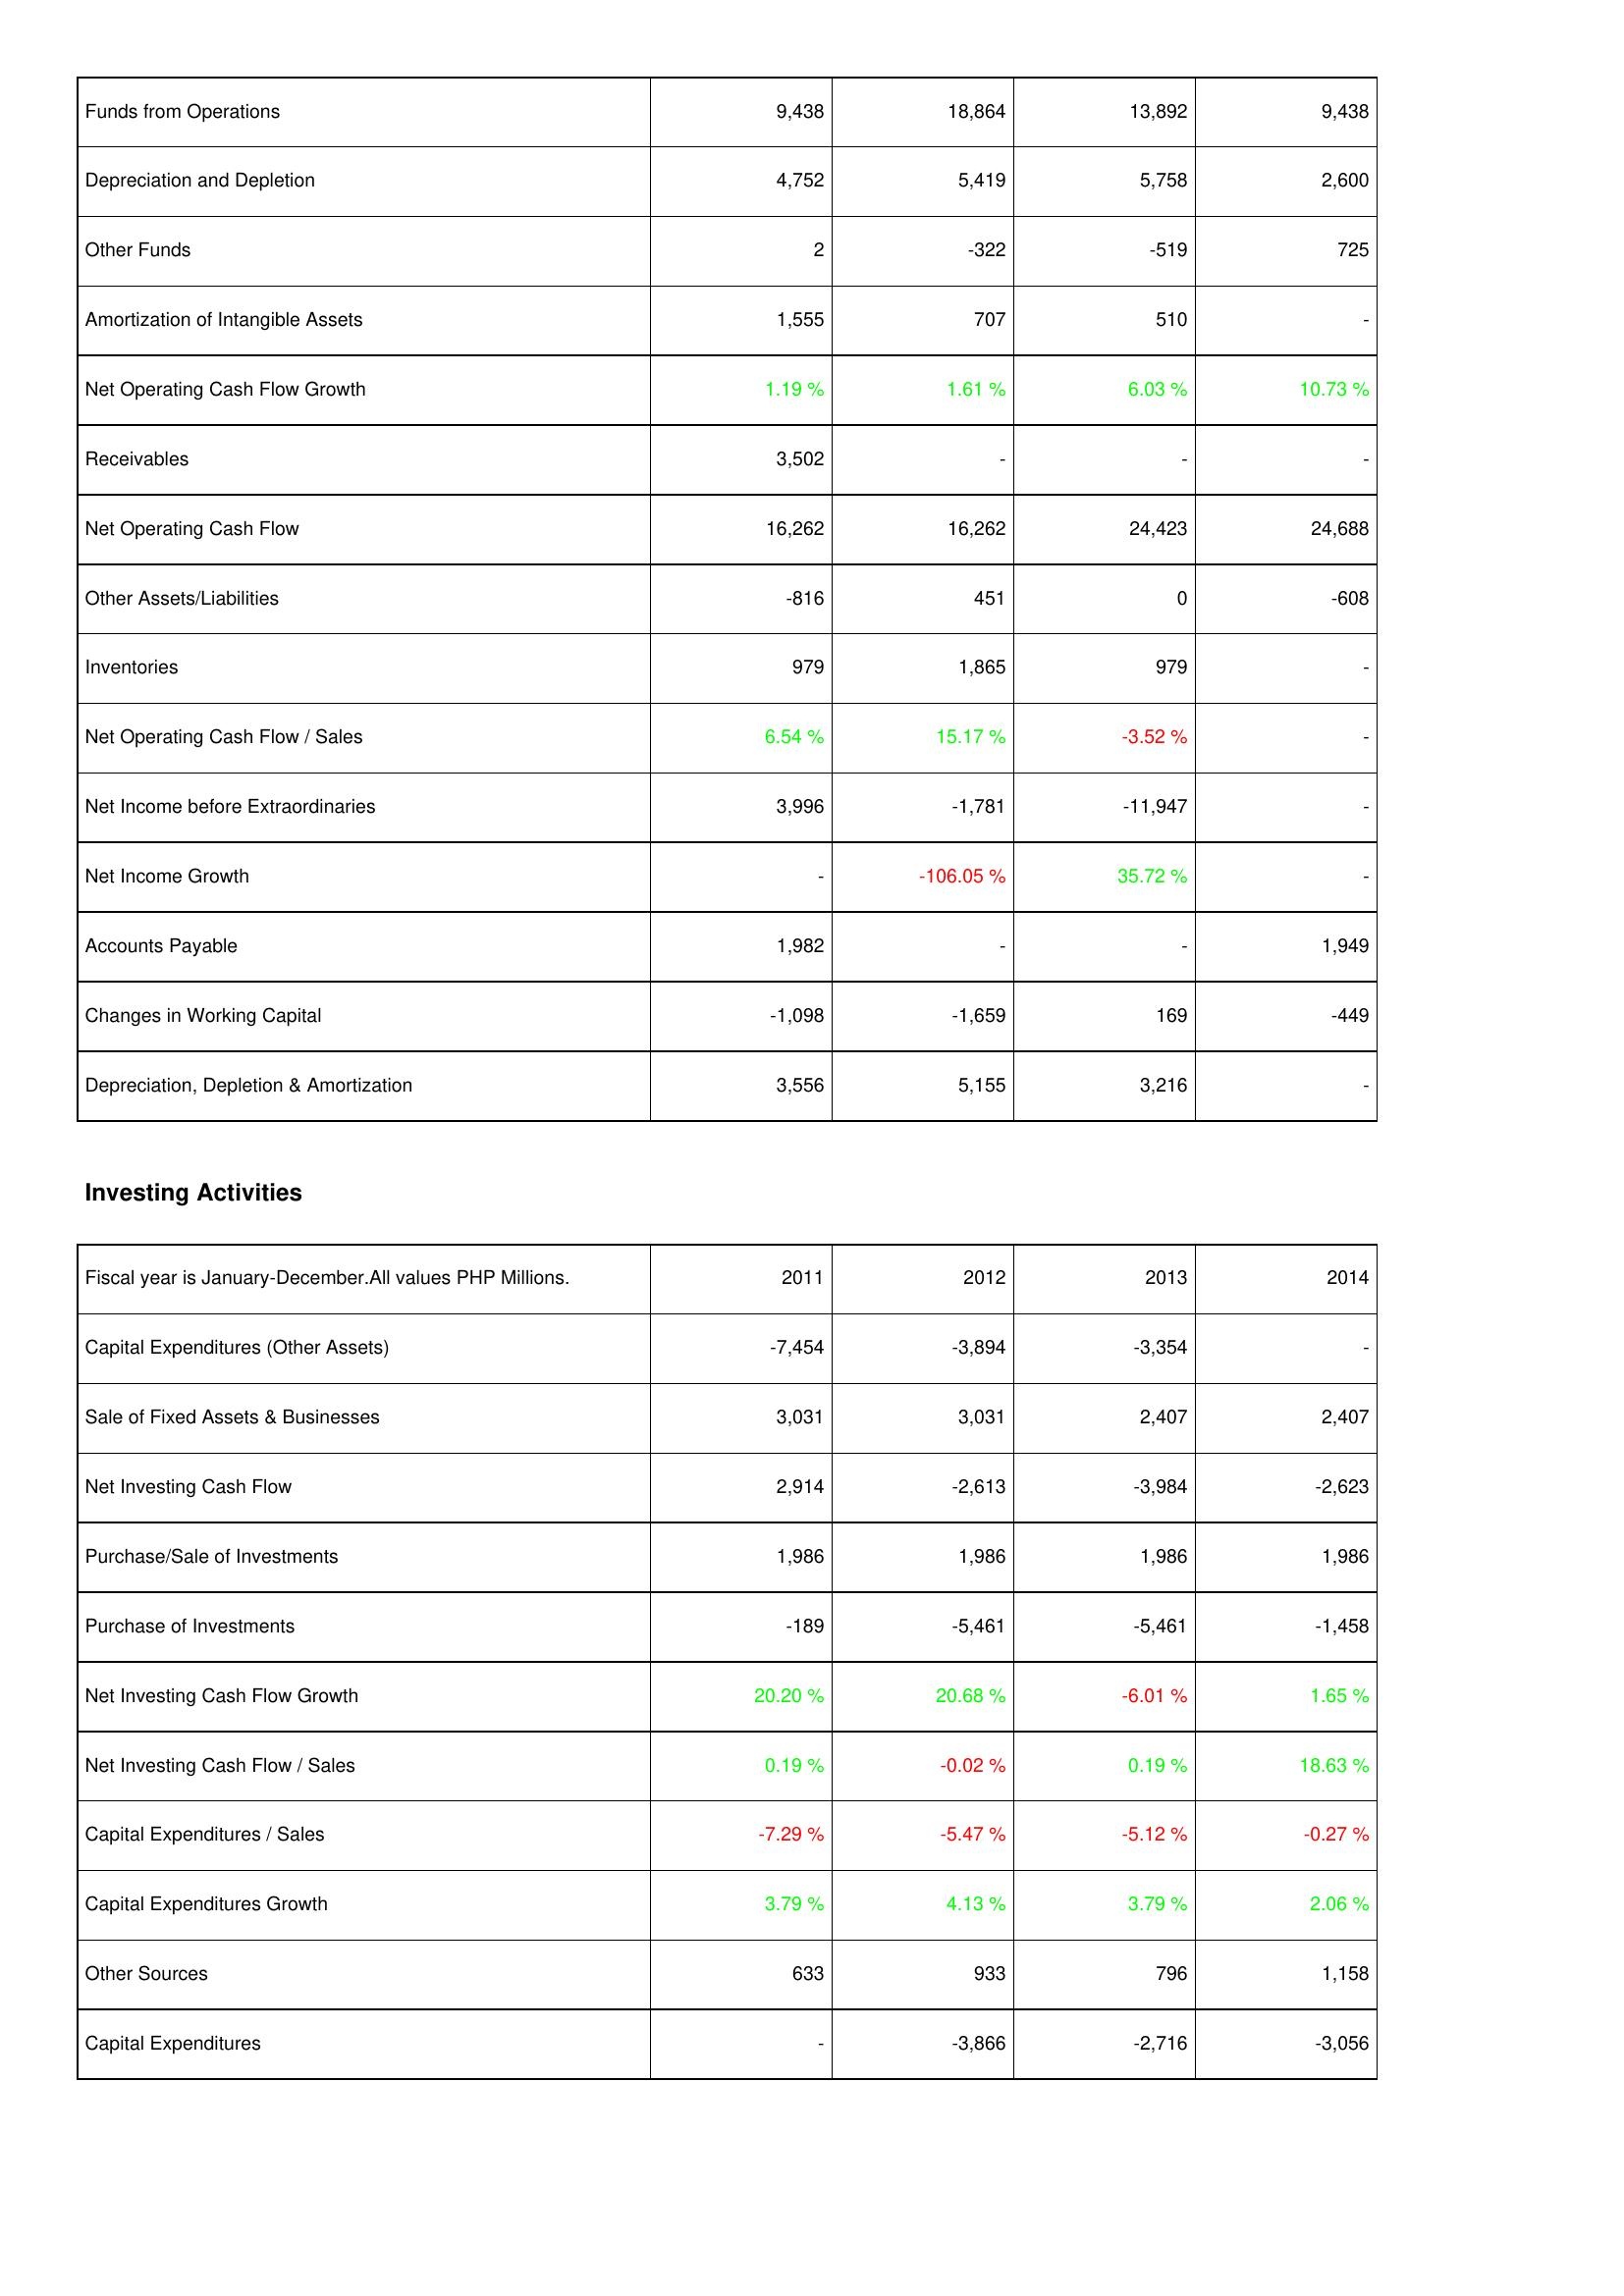
2011: Operating Activities: Funds from Operations: 9,438
Depreciation and Depletion: 4,752
Other Funds: 2
Amortization of Intangible Assets: 1,555
Net Operating Cash Flow Growth: 1.19 %
Receivables: 3,502
Net Operating Cash Flow: 16,262
Other Assets/Liabilities: -816
Inventories: 979
Net Operating Cash Flow / Sales: 6.54 %
Net Income before Extraordinaries: 3,996
Net Income Growth: -
Accounts Payable: 1,982
Changes in Working Capital: -1,098
Depreciation, Depletion & Amortization: 3,556
Investing Activities: Capital Expenditures (Other Assets): -7,454
Sale of Fixed Assets & Businesses: 3,031
Net Investing Cash Flow: 2,914
Purchase/Sale of Investments: 1,986
Purchase of Investments: -189
Net Investing Cash Flow Growth: 20.20 %
Net Investing Cash Flow / Sales: 0.19 %
Capital Expenditures / Sales: -7.29 %
Capital Expenditures Growth: 3.79 %
Other Sources: 633
Capital Expenditures: -
2012: Operating Activities: Funds from Operations: 18,864
Depreciation and Depletion: 5,419
Other Funds: -322
Amortization of Intangible Assets: 707
Net Operating Cash Flow Growth: 1.61 %
Receivables: -
Net Operating Cash Flow: 16,262
Other Assets/Liabilities: 451
Inventories: 1,865
Net Operating Cash Flow / Sales: 15.17 %
Net Income before Extraordinaries: -1,781
Net Income Growth: -106.05 %
Accounts Payable: -
Changes in Working Capital: -1,659
Depreciation, Depletion & Amortization: 5,155
Investing Activities: Capital Expenditures (Other Assets): -3,894
Sale of Fixed Assets & Businesses: 3,031
Net Investing Cash Flow: -2,613
Purchase/Sale of Investments: 1,986
Purchase of Investments: -5,461
Net Investing Cash Flow Growth: 20.68 %
Net Investing Cash Flow / Sales: -0.02 %
Capital Expenditures / Sales: -5.47 %
Capital Expenditures Growth: 4.13 %
Other Sources: 933
Capital Expenditures: -3,866
2013: Operating Activities: Funds from Operations: 13,892
Depreciation and Depletion: 5,758
Other Funds: -519
Amortization of Intangible Assets: 510
Net Operating Cash Flow Growth: 6.03 %
Receivables: -
Net Operating Cash Flow: 24,423
Other Assets/Liabilities: 0
Inventories: 979
Net Operating Cash Flow / Sales: -3.52 %
Net Income before Extraordinaries: -11,947
Net Income Growth: 35.72 %
Accounts Payable: -
Changes in Working Capital: 169
Depreciation, Depletion & Amortization: 3,216
Investing Activities: Capital Expenditures (Other Assets): -3,354
Sale of Fixed Assets & Businesses: 2,407
Net Investing Cash Flow: -3,984
Purchase/Sale of Investments: 1,986
Purchase of Investments: -5,461
Net Investing Cash Flow Growth: -6.01 %
Net Investing Cash Flow / Sales: 0.19 %
Capital Expenditures / Sales: -5.12 %
Capital Expenditures Growth: 3.79 %
Other Sources: 796
Capital Expenditures: -2,716
2014: Operating Activities: Funds from Operations: 9,438
Depreciation and Depletion: 2,600
Other Funds: 725
Amortization of Intangible Assets: -
Net Operating Cash Flow Growth: 10.73 %
Receivables: -
Net Operating Cash Flow: 24,688
Other Assets/Liabilities: -608
Inventories: -
Net Operating Cash Flow / Sales: -
Net Income before Extraordinaries: -
Net Income Growth: -
Accounts Payable: 1,949
Changes in Working Capital: -449
Depreciation, Depletion & Amortization: -
Investing Activities: Capital Expenditures (Other Assets): -
Sale of Fixed Assets & Businesses: 2,407
Net Investing Cash Flow: -2,623
Purchase/Sale of Investments: 1,986
Purchase of Investments: -1,458
Net Investing Cash Flow Growth: 1.65 %
Net Investing Cash Flow / Sales: 18.63 %
Capital Expenditures / Sales: -0.27 %
Capital Expenditures Growth: 2.06 %
Other Sources: 1,158
Capital Expenditures: -3,056